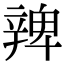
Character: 𨐜